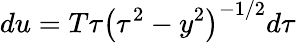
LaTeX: du=T\tau\left(\tau^{2}-y^{2}\right)^{-1/2}d\tau